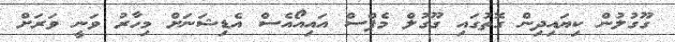
ގޫގުލުން ކިޔައިދިން ގޮތުގައި ގޫގުލް މެޕްސް އައިއޯއެސް އެޑިޝަނަށް މިހާރު ވަނީ ވަރަށް